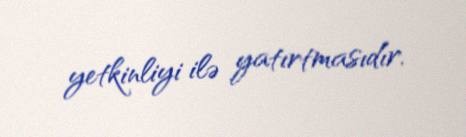
yetkinliyi ilə yatırtmasıdır.